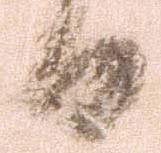
日